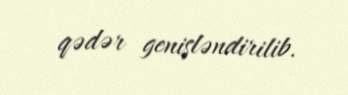
qədər genişləndirilib.